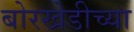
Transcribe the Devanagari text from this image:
बोरखेडीच्या